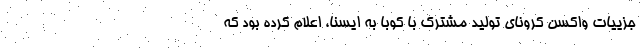
جزییات واکسن کرونای تولید مشترک با کوبا به ایسنا، اعلام کرده بود که